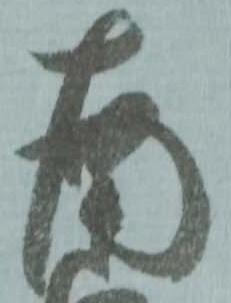
南